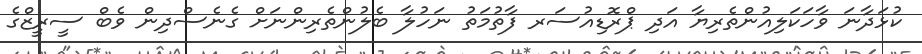
ކުޅަދާނަ ވާހަކަލިއުންތެރިޔާ އަދި ޕްރޮޑިއުސަރ ފާތުމަތު ނަހުލާ ބެލުންތެރިންނަށް ގެނެސްދިން ވެބް ސީރީޒްގެ